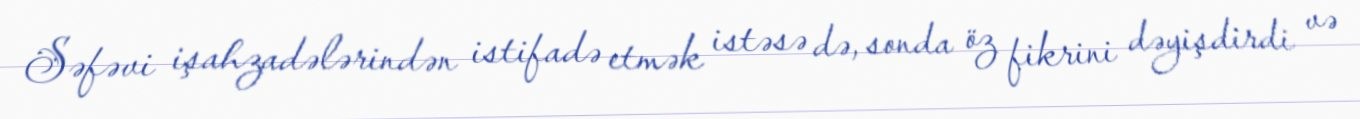
Səfəvi işahzadələrindən istifadə etmək istəsə də, sonda öz fikrini dəyişdirdi və